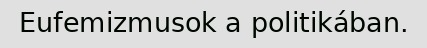
Eufemizmusok a politikában.